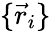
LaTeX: \{ \vec{r}_{i}\}